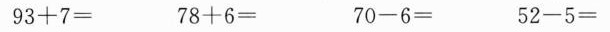
$$9 3 + 7 =$$ $$7 8 + 6 =$$ $$7 0 - 6 =$$ $$5 2 - 5 =$$